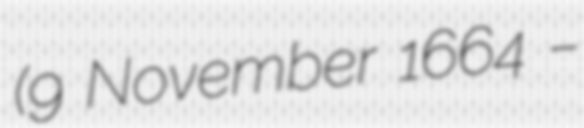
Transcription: (9 November 1664 –